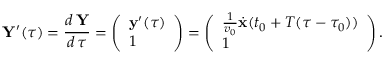
{ \mathbf Y } ^ { \prime } ( \tau ) = \frac { d \, { \mathbf Y } } { d \, \tau } = \left( \begin{array} { l } { { \mathbf y } ^ { \prime } ( \tau ) } \\ { 1 } \end{array} \right) = \left( \begin{array} { l } { \frac { 1 } { v _ { 0 } } \dot { { \mathbf x } } ( t _ { 0 } + T ( \tau - \tau _ { 0 } ) ) } \\ { 1 } \end{array} \right) .